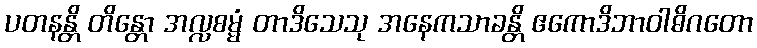
ပတနန္တိ တိန္တော အလ္လစမ္မံ တာဒိသေသု အနေကသာခန္တိ ဧကောဒိဘာဝါဓိဂတော